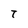
Character: T